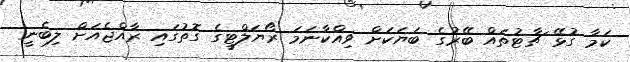
ކަމާ ގުޅޭ ޗާޓުތައް ބޭރުގެ ބަޔަކަށް ވިއްކާނަމަ ރޯޔަލްޓީގެ ގޮތުގައި ރާއްޖެއަށް ލިބެނީ